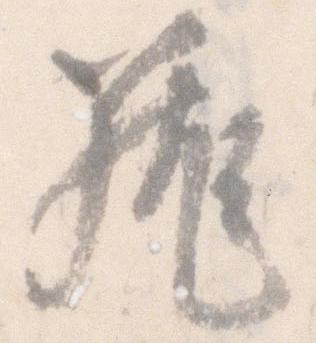
蔵